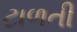
ટાળતી